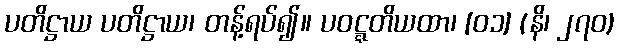
ပတိဋ္ဌာယ ပတိဋ္ဌာယ၊ တန့်ရပ်၍။ ပဝဋ္ဋတိယထာ၊ [၀၁] (နိ၊ ၂၇၀)